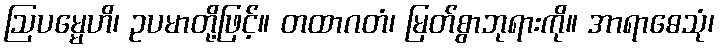
ဩပမ္မေဟိ၊ ဥပမာတို့ဖြင့်။ တထာဂတံ၊ မြတ်စွာဘုရားကို။ အာရာဓေသုံ၊